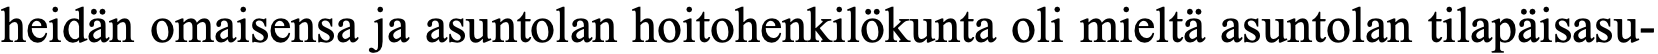
heidän omaisensa ja asuntolan hoitohenkilökunta oli mieltä asuntolan tilapäisasu-